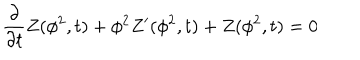
\frac { \partial } { \partial t } Z ( \phi ^ { 2 } , t ) + \phi ^ { 2 } Z ^ { \prime } ( \phi ^ { 2 } , t ) + Z ( \phi ^ { 2 } , t ) = 0